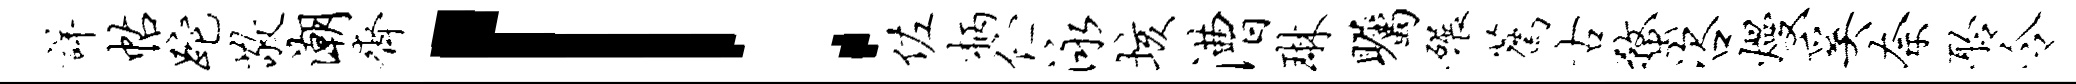
详帖跎敬潮齐！佐柄伫泳垓漕琳瞩碾荐古蝥咨熳奚奈聆令